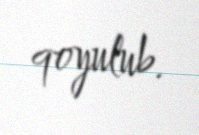
qoyulub.